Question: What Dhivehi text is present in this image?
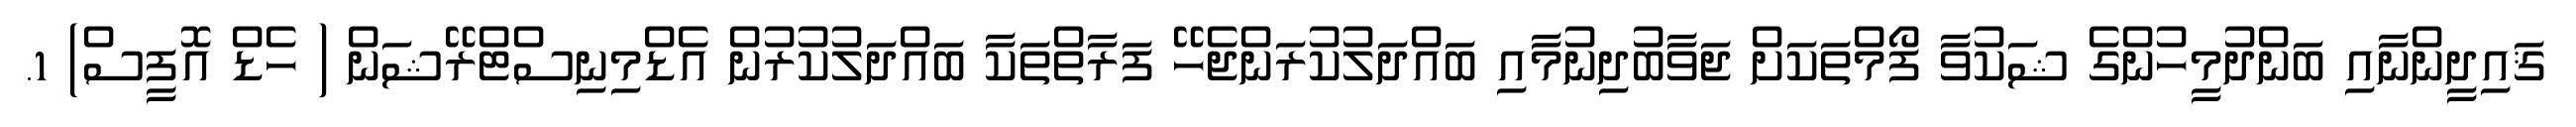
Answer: ޤައިދީންނާއި ބަންދުމީހުންގެ ޝަކުވާ ފޯމްތަކަށް ޖަވާބުދިނުމާއި ބައްދަލުކުރަންޖެހޭ ފަރާތްތަކާ ބައްދަލުކުރުން އެޑްމިނިސްޓްރޭޝަން ( ހެޑް އޮފީސް) 1.